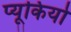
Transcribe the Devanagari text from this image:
प्यूकियो